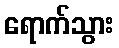
ရောက်သွား